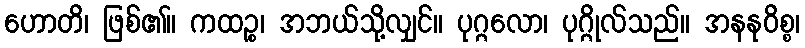
ဟောတိ၊ ဖြစ်၏။ ကထဉ္စ၊ အဘယ်သို့လျှင်။ ပုဂ္ဂလော၊ ပုဂ္ဂိုလ်သည်။ အနနုဝိစ္စ၊